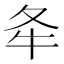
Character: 𡕘